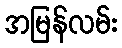
အမြန်လမ်း